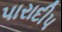
પારાદીપ